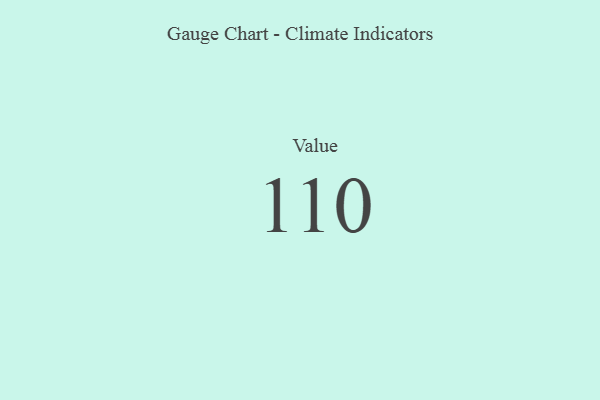
{"axis": {"x": "Metric", "y": "Value"}, "legend": [""], "data": [{"x": "Value", "y": 110, "type": ""}]}